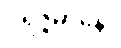
ဝိရဇ္ဇမာနော